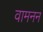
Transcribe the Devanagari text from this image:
वामनन